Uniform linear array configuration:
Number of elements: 12
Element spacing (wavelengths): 0.25
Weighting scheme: blackman
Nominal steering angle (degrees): -60
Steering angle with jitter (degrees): -58.461
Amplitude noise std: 0.05
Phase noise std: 0.05

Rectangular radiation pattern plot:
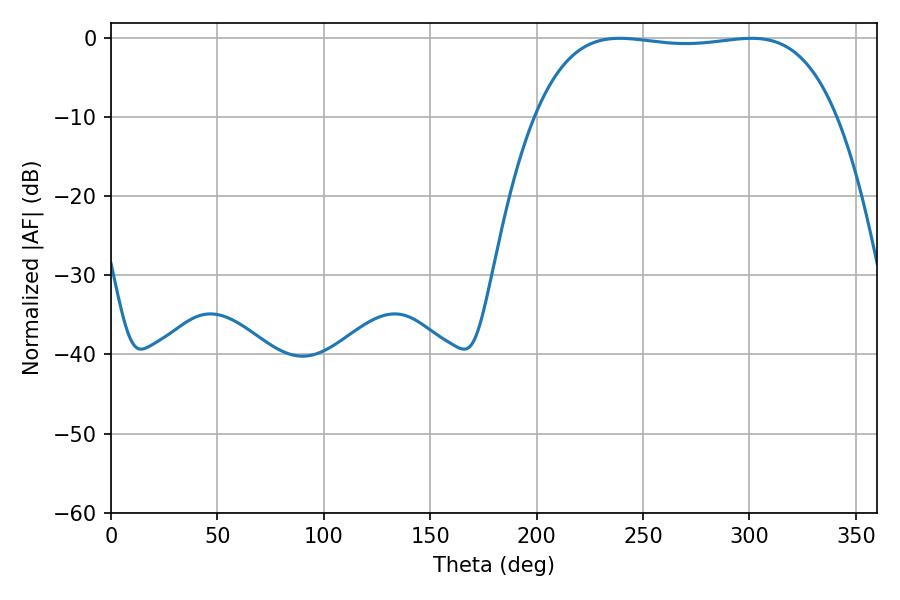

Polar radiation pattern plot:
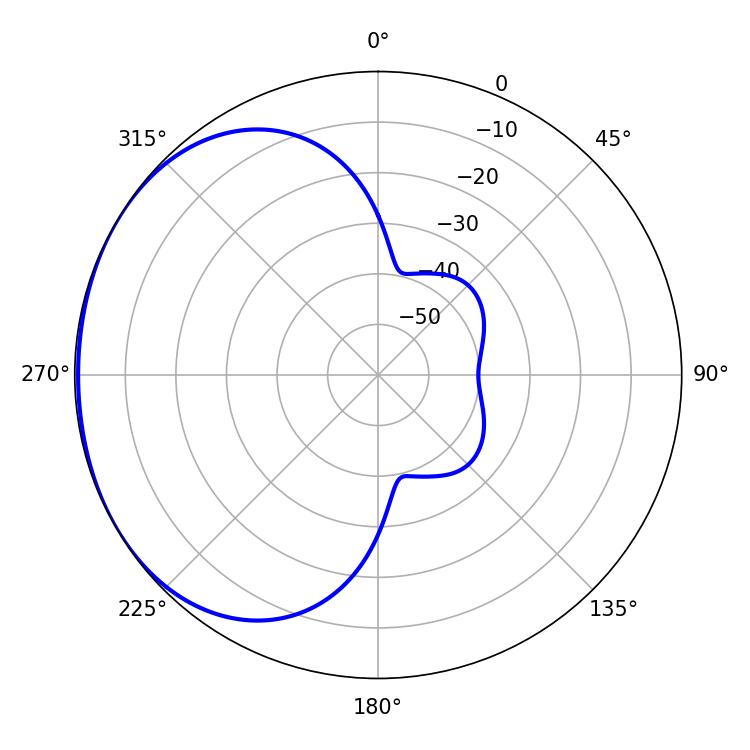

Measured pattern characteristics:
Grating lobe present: FALSE
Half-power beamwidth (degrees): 111.96
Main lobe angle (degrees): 239.04